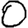
Digit: 0